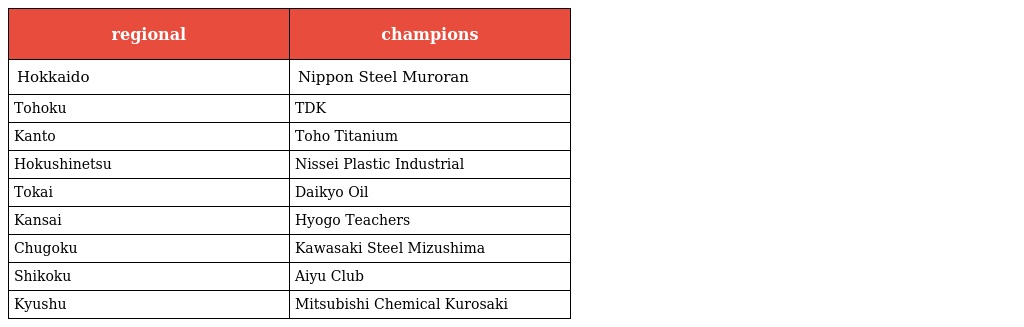
| regional | champions |
 | --- | --- |
 | Hokkaido | Nippon Steel Muroran |
 | Tohoku | TDK |
 | Kanto | Toho Titanium |
 | Hokushinetsu | Nissei Plastic Industrial |
 | Tokai | Daikyo Oil |
 | Kansai | Hyogo Teachers |
 | Chugoku | Kawasaki Steel Mizushima |
 | Shikoku | Aiyu Club |
 | Kyushu | Mitsubishi Chemical Kurosaki |